Vital statistics of India. Vol. VI, European troops 1870-79
Year: 1870
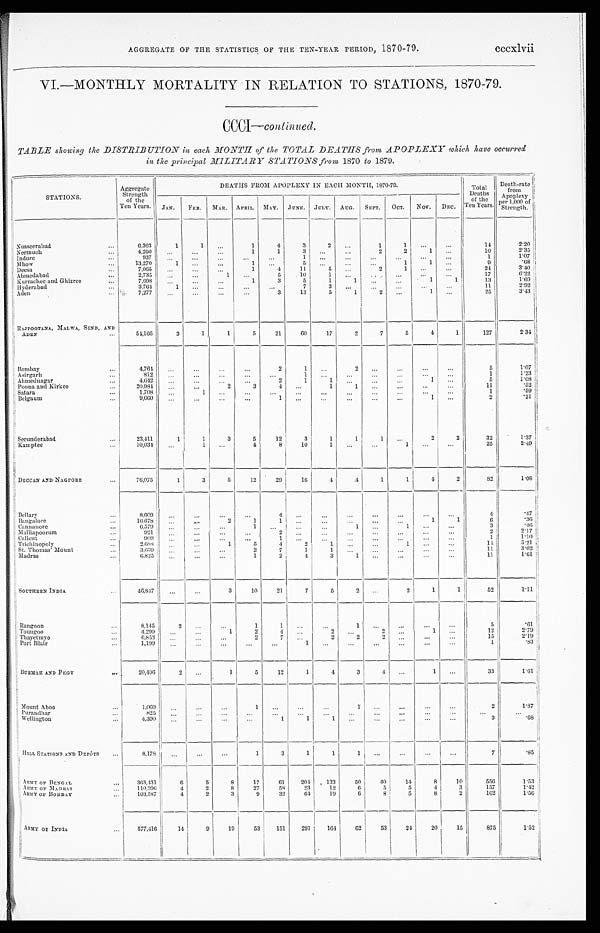
AGGREGATE OF THE STATISTICS OF THE TEN-YEAR PERIOD, 1870-79. cccxlvii
VI.—MONTHLY MORTALITY IN RELATION TO STATIONS, 1870-79.
CCCI—continued.
TABLE showing the DISTRIBUTION in each MONTH of the TOTAL DEATHS from APOPLEXY which have occurred
in the principal MILITARY STATIONS from 1870 to 1879.
STATIONS.
Aggregate
Strength
of the
Ten Years.
DEATHS FROM APOPLEXY IN EACH MONTH, 1870-79.
Total
Deaths
of the
Ten Years.
Death-rate
from
Apoplexy
per 1,000 of
Strength.
JAN. FEB. MAR. APRIL. MAY. JUNE. JULY. AUG. SEPT. OUT. NOV. DEC.
Nusseerabad
...
6,363
1
1
...
1
4
3
2 ...
1
1 ...
. . .
14
2.20
Neemuch
...
4,260 ...
...
...
1
1
3 . . .
. . .
2
2 1
. . .
10
2.35
Indore
...
937
. . .
. . . ...
. . .
. . . 1 ...
...
...
. . . ...
...
1
1.07
Mhow
...
13,270
1 ...
...
1 ...
5
. . . ...
. . .
1
1
. . .
9
.68
Deesa
...
7,065 ...
... ...
1
4
11
5 ...
2
1 ...
...
24
3.40
Ahmedabad
...
2,735 . . .
... 1
...
5
10
1 ...
. .
. . .
. . . ...
17
6.22
Kurrachee and Ghizree
...
7,698
. . . ...
. . .
1
3
5
1
1
. . . ...
1
1
13
1.69
Hyderabad
...
3,764
1
. . .
...
...
...
7
3 ...
...
. . . ...
...
11
2.92
Aden
...
7,277
. . . ...
...
. . .
3
13
5
1
2
. . .
1 ...
25
3.43
RAJPOOTANA, MALWA, SIND, AND
54,166
3
1
1
5
21
60
17
2
7
5
4
1
127
2.34
ADEN
...
Bombay
...
4,764 . . .
...
. . .
...
2
1
. . .
2
. . .
...
. . .
. . .
5
1.07
Asirgarh
...
812 ...
...
...
. . .
...
1
. . .
. . . ...
. . .
...
. . .
1
1.23
Ahmednagar
...
4,642
...
... ...
. . .
2
1
1
. . . ...
...
1
. . .
5
1.08
Poona and Kirkee
...
20,984
. . .
. . . 2
3
4 . . . 1
1 ...
. . .
...
...
11
.52
Satara
...
1,708 ...
1 ...
. . .
...
. . .
. . . . . .
. . .
...
...
. . .
1
.59
Belgau m
...
9,660
. . .
. . .
...
...
1 ...
. . .
. . .
...
...
1
. . .
2
.21
Secunderabad
...
23,411
1
1
3
5
12
3
1
1
1
. . .
2
2
32
1.37
Kamptee
...
10,03 4
...
1
. . .
4
8
10
1 ...
...
1
...
...
25
2.49
DECCAN AND NAGPORE
...
76,075
1
3
5
12
29
16
4 4
1
1
4
2
82
1.08
B e l l a r y
... 8,609
. . .
. . .
...
...
4
. . .
...
...
. . .
...
. . .
...
4
. 4 7
Bangalore
...
16,678
...
. . .
2
1
1
. . . ... ...
...
. . .
1 1
6
.36
Cannanore
...
6,579
... ...
...
1
. . .
. . . . . . 1
...
1
...
...
3
. 4 6
Malliapoorum
...
921
. . . ...
...
...
2
. . . . . .
...
. . .
. . .
...
...
2
2.17
Calicut
...
909
. . . ...
...
...
1
. . . . . . ...
...
. . .
...
...
1
1.10
Trichinopoly
...
2,688
... ...
1
5
4
2
1
...
...
1
... ...
14
5 . 2 1
St. Thomas' Mount
...
3,639
. . . ...
...
2
7
1
1 ...
. . .
...
...
. . .
11
3.02
Madras
...
6,825
. . .
...
...
1
2
4
3
1
...
...
...
...
11
1.61
SOUTHERN INDIA.
...
46,847 ... ...
3
10
21
7
5 2
. . .
2
1
1
52
1.11
Rangoon
...
8,145
2
...
. . .
1
1
. . .
...
1
. . .
...
...
. . .
5
. 6 1
Toungoo
...
4,299
. . .
...
1
2
4
. . .
2
. . .
2
. . .
1
. . .
12
2.79
Thayetmyo
...
6,853 ...
...
. . .
2
7 ...
2
2
2
. . . ...
...
15
2.19
Port Blair
...
1,199
. . . ...
...
...
. . . 1 ...
. . . ...
...
...
. . .
1
.83
BURMAH AND PEGU
...
20,496
2 ...
1
5
12
1
4
3
4 ...
1
. . .
33
1.61
Mount Aboo
...
1,069 ...
...
...
1 ...
...
...
1
. . .
...
...
...
2
1.87
Purandhar
...
825 ... ...
. . . ... ...
. . .
. . .
. . . ...
...
. . .
. . .
. . .
...
Wellington
...
4,390 .. .
...
...
. . .
1
1
1
...
. . .
. . . ...
...
3
.68
HILL STATIONS AND DEPÔTS ...
8,178
...
. . .
...
1
3
1
1
1 ...
. . . ...
...
7
.85
ARMY OF BENGAL
. . .
363,431
6
5
8
17
61
204 133
50
40
14
8
10
556
1.53
ARMY OF MADRAS
...
110,396
4
2
8
27
58
23
12
6
5
5
4
3
157
1.42
ARMY OF BOMBAY
...
103,587
4
2
3
9
32
64
19
6
8
5
8
2
162
1.56
ARMY OF INDIA
...
577,416
14
9
19
53
151
291
164
62
53
24
20
15
875
1.52